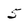
Character: 5